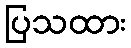
ပြသထား